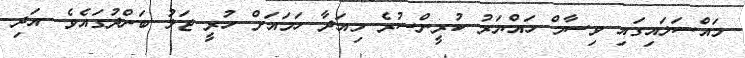
މައްސަލައިގައި ވިސާމް ހައްޔަރު ކުރީންސުރެ މިއަދާ ހަމައަށް ހުރީ ޖަލު ބަންދުގައެވެ. އަދި